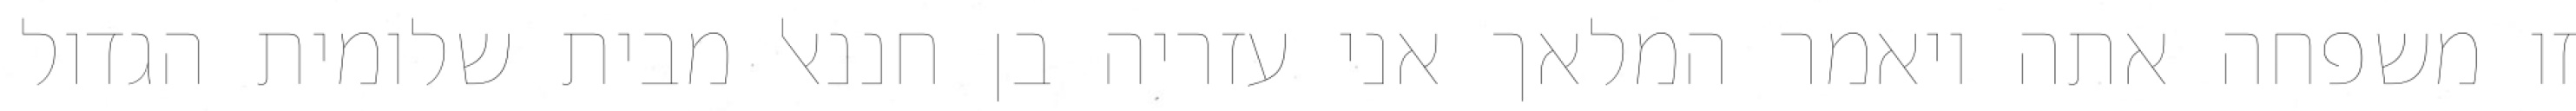
זו משפחה אתה ויאמר המלאך אני עזריה בן חננאל מבית שלומית הגדול